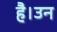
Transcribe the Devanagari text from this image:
है।उन